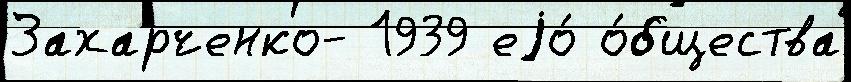
Захарченко- 1939 еjо́ о́бщества